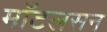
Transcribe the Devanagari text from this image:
मॉटलसन